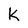
Character: K